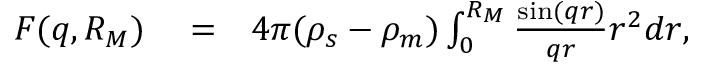
\begin{array} { r l r } { F ( q , R _ { M } ) } & { { } = } & { 4 \pi ( \rho _ { s } - \rho _ { m } ) \int _ { 0 } ^ { R _ { M } } \frac { \sin ( q r ) } { q r } r ^ { 2 } d r , } \end{array}